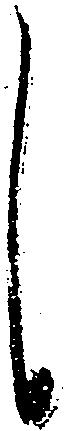
し